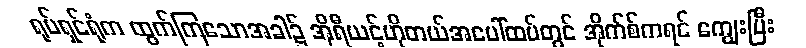
ရုပ်ရှင်ရုံက ထွက်ကြသောအခါ၌ အိုရီယင့်ဟိုတယ်အပေါ်ထပ်တွင် အိုက်စ်ကရင် ကျွေးပြီး